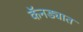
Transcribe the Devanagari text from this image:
कॅनड्यात